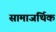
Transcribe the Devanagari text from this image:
सामाजर्थिक